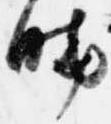
暁